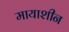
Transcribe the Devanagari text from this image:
मायाशीन